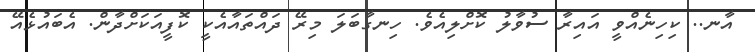
އާނ.. ކިހިނެއްވީ އައިރާ ސުވާލު ކޮށްލިއެވެ. ހިނގާބަލަ މިރޭ ދައްތައާއެކީ ކޮފީއަކަށްދާން. އެބައުޅެއޭ